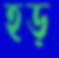
হড়